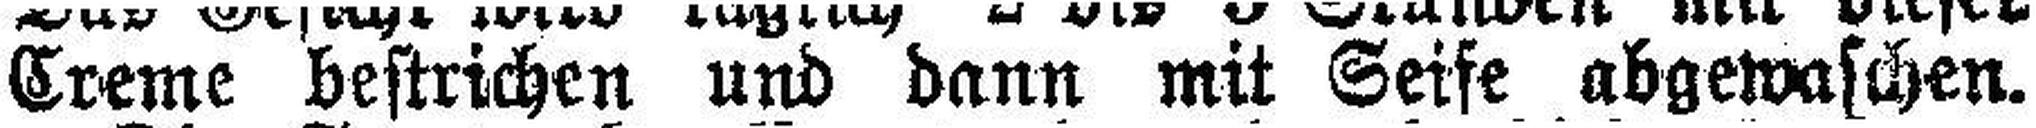
Creme bestrichen und dann mit Seite abgewaschen.